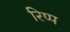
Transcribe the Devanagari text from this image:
रिप्प